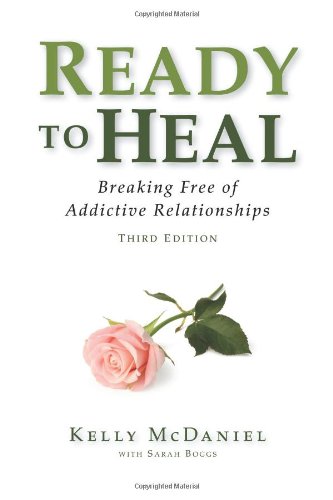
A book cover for Ready to Heal: Breaking Free of Addictive Relationships; Kelly McDaniel; Health, Fitness & Dieting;